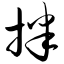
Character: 拌